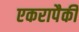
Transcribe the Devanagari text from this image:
एकरापैकी